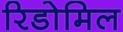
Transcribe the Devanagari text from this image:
रिडोमिल